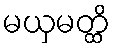
မယှမတ္ထိ